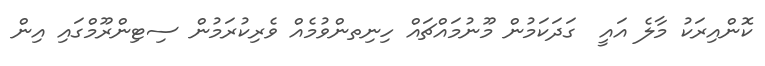
ކޮންއިރަކު މާލެ އައީ  ގަދަކަމުން މޫނުމައްޗައް ހިނިތންވުމެއް ވެރިކުރަމުން ސިޓިންރޫމްގައި އިން